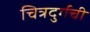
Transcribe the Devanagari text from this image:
चित्रदुर्गची